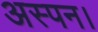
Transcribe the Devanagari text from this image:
अस्पन।